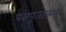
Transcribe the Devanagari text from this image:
परापूजाक्रम